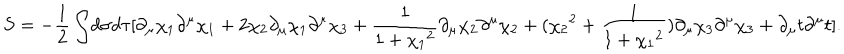
LaTeX: S = - \frac { 1 } { 2 } \int \! d \sigma d \tau [ \partial _ { \mu } \chi _ { 1 } \partial ^ { \mu } \chi _ { 1 } + 2 \chi _ { 2 } \partial _ { \mu } \chi _ { 1 } \partial ^ { \mu } \chi _ { 3 } + \frac { 1 } { 1 + { \chi _ { 1 } } ^ { 2 } } \partial _ { \mu } \chi _ { 2 } \partial ^ { \mu } \chi _ { 2 } + ( { \chi _ { 2 } } ^ { 2 } + \frac { 1 } { 1 + { \chi _ { 1 } } ^ { 2 } } ) \partial _ { \mu } \chi _ { 3 } \partial ^ { \mu } \chi _ { 3 } + \partial _ { \mu } t \partial ^ { \mu } t ] .